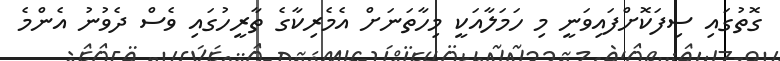
ގޮތުގައި ސިފަކޮށްފައިވަނީ މި ހަމަލާއަކީ މިހާތަނަށް އެމެރިކާގެ ތާރީހުގައި ވެސް ދެވުނު އެންމެ